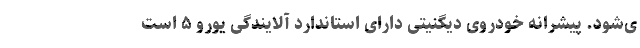
ی‌شود. پیشرانه خودروی دیگنیتی دارای استاندارد آلایندگی یورو ۵ است